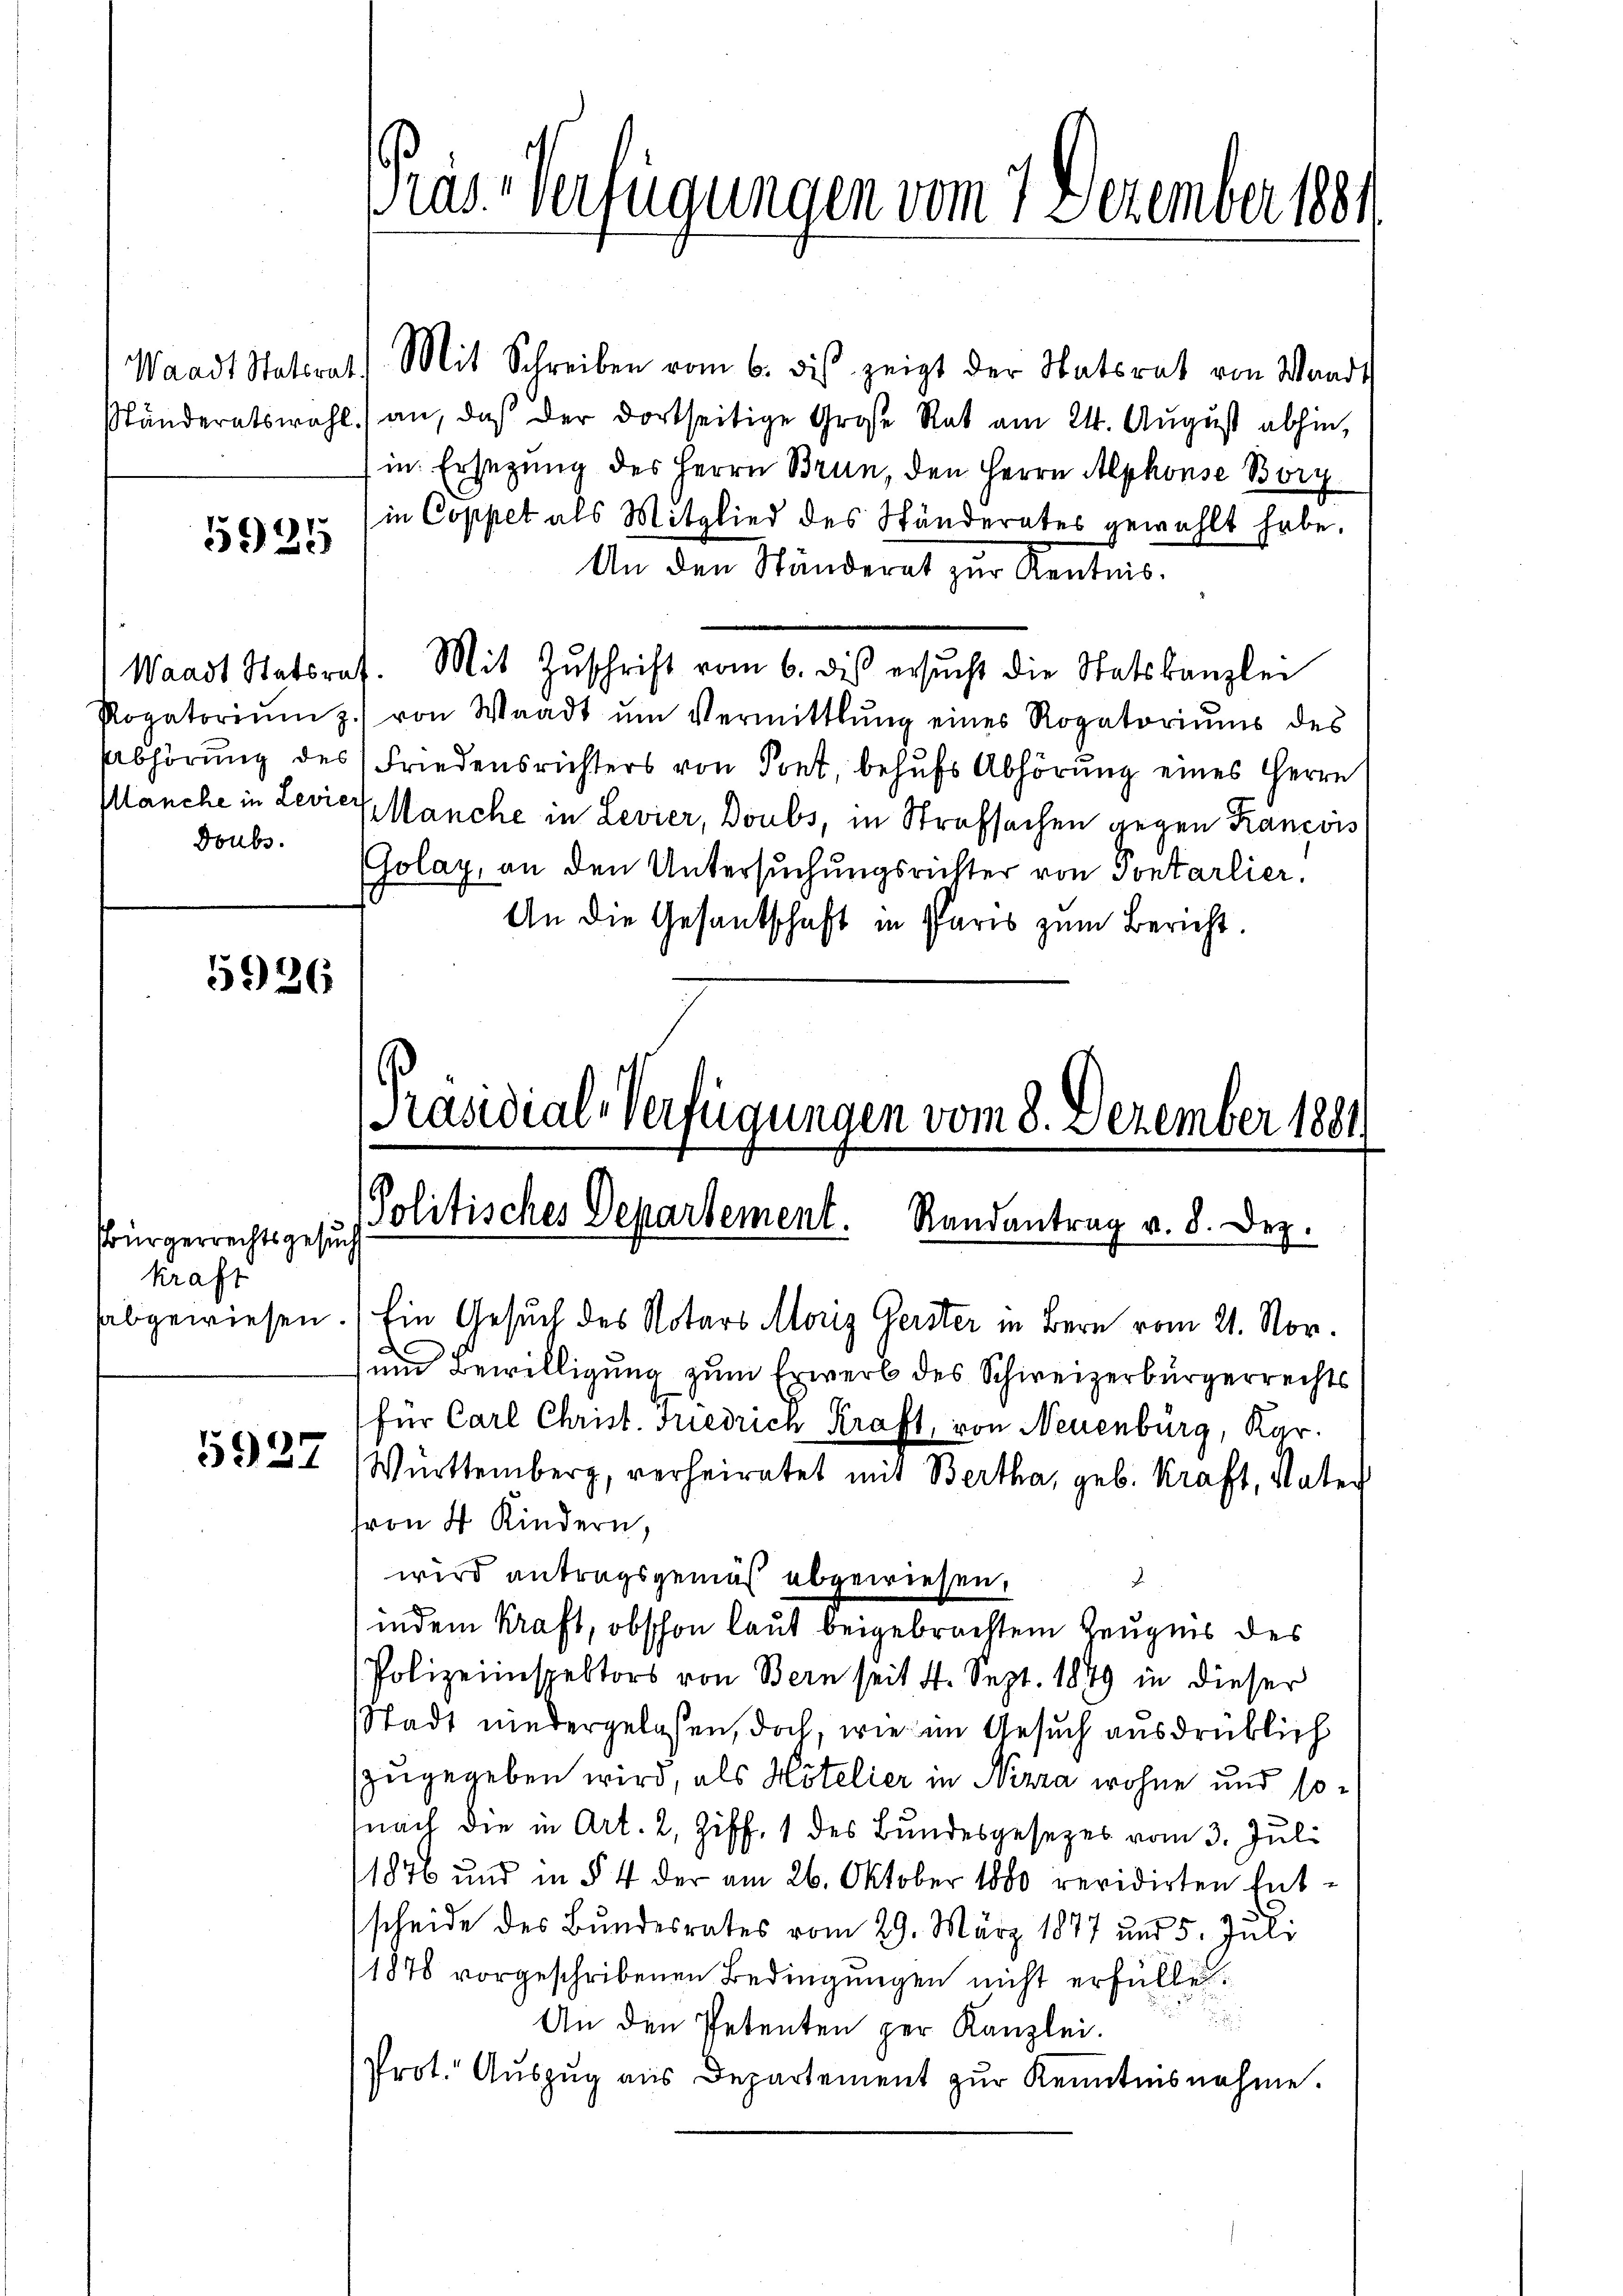
5925

Doubs.

5926

Bürgerrechtsgesuch
kraft
sabgewiesen

927

Waadt Statirat. Mit Schreiben vom 6. dis zeigt der Statsrat von Waadt
ständeratswahl an, daß der dortseitige Große Rat am 24. Aŭgŭst abhin,
in Ersezung des Herrn Brun, den Herrn Alphonse Bory
in Coppet als Mitglied des Ständerates gewählt habe.
An den Ständerat zur Kentnis.
Waadt Statsraf. Mit Zŭschrift vom 6. des ersŭcht die Statskanzlei
Rogatoriŭm z. von Waadt ŭm Vermittlung eines Rogatoriums des
Abhörung des Friedensrichters von Pont, behufs Abhörung eines Herrn
Manche in Leviel Manche in Levier, Doubs, in Strafsachen gegen Krancois
Jolay, an den Untersuchungsrichter von Pontarlier,
An die Gesandschaft in Paris zum Bericht.

Präs. Verfügungen vom 7. Dezember 188

Präsidial-Verfügungen vom 8. Dezember 1881
Politisches Departement. Randantrag v. 8. Dez.

Ein Gesuch des Notars Moriz Gerster in Bern vom 21. Nov.
um Bewilligung zum Erwerb des Schweizerbürgerrechts
für Carl Christ. Friedrich Kraft, von Neuenburg, Kar-
Württemberg, verheiratet mit Bertha, geb. Kraft, Vater
von 4 Kindern,
wird antragsgemäß abgewiesen.
B
indem Kraft, obschon laut beigebrachtem Zeugnis des
Polizeiinspektors von Bern seit 4. Sept. 1879 in dieser
Stadt niedergelassen, doch, wie im Gesuch ausdrüklich
zugegeben wird, als Hotelier in Nizza wohne und sonach die in Art. 2, Ziff. 1 des Bundesgesezes vom 3. Juli
1876 und in § 4 der am 26. Oktober 1800 revidirten Ent-
scheide des Bundesrates vom 29. März 1877 und 5. Juli
1876 vorgeschribenen Bedingungen nicht erfülle.
u
An den Petenten zur Kanzlei.
Prot. Aŭszŭg aŭs Departement zŭr Kenntnisnahme.